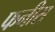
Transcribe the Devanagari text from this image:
फनीस